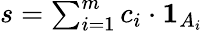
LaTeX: \textstyle s=\sum_{i=1}^{m}c_{i}\cdot{\mathbf{1}}_{A_{i}}